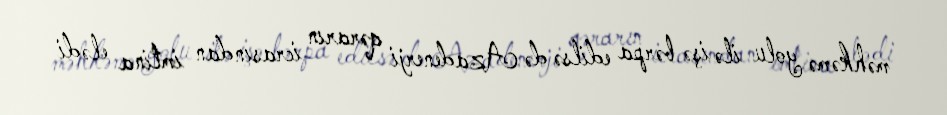
məhkəmə yolu ilə işə bərpa edilsə də Azadenerji qərarın icrasından imtina elədi